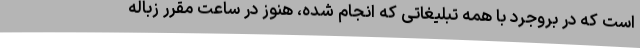
است که در بروجرد با همه تبلیغاتی که انجام شده، هنوز در ساعت مقرر زباله